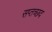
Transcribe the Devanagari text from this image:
सप्तच्छद